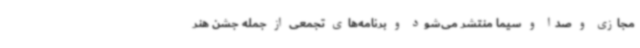
مجازی و صدا و سیما منتشر می‌شود و برنامه‌های تجمعی از جمله جشن هنر